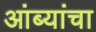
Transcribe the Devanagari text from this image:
आंब्यांचा